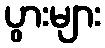
ပွားများ